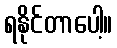
ရနိုင်တာပေါ့။